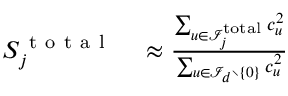
\begin{array} { r l } { S _ { j } ^ { \mathrm { ~ t ~ o ~ t ~ a ~ l ~ } } } & { { } \approx \frac { \sum _ { { \boldsymbol { u } } \in { \mathcal { I } } _ { j } ^ { \mathrm { t o t a l } } } c _ { \boldsymbol { u } } ^ { 2 } } { \sum _ { { \boldsymbol { u } } \in { \mathcal { I } } _ { d } \setminus \{ { \boldsymbol { 0 } } \} } c _ { \boldsymbol { u } } ^ { 2 } } } \end{array}